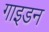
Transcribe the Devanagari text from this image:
गाइडन